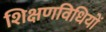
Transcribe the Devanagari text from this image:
शिक्षणविधियों